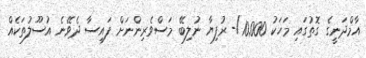
އާމްދަނީގެ ގޮތުގައި މަހަކު 10